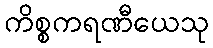
ကိစ္စကရဏီယေသု